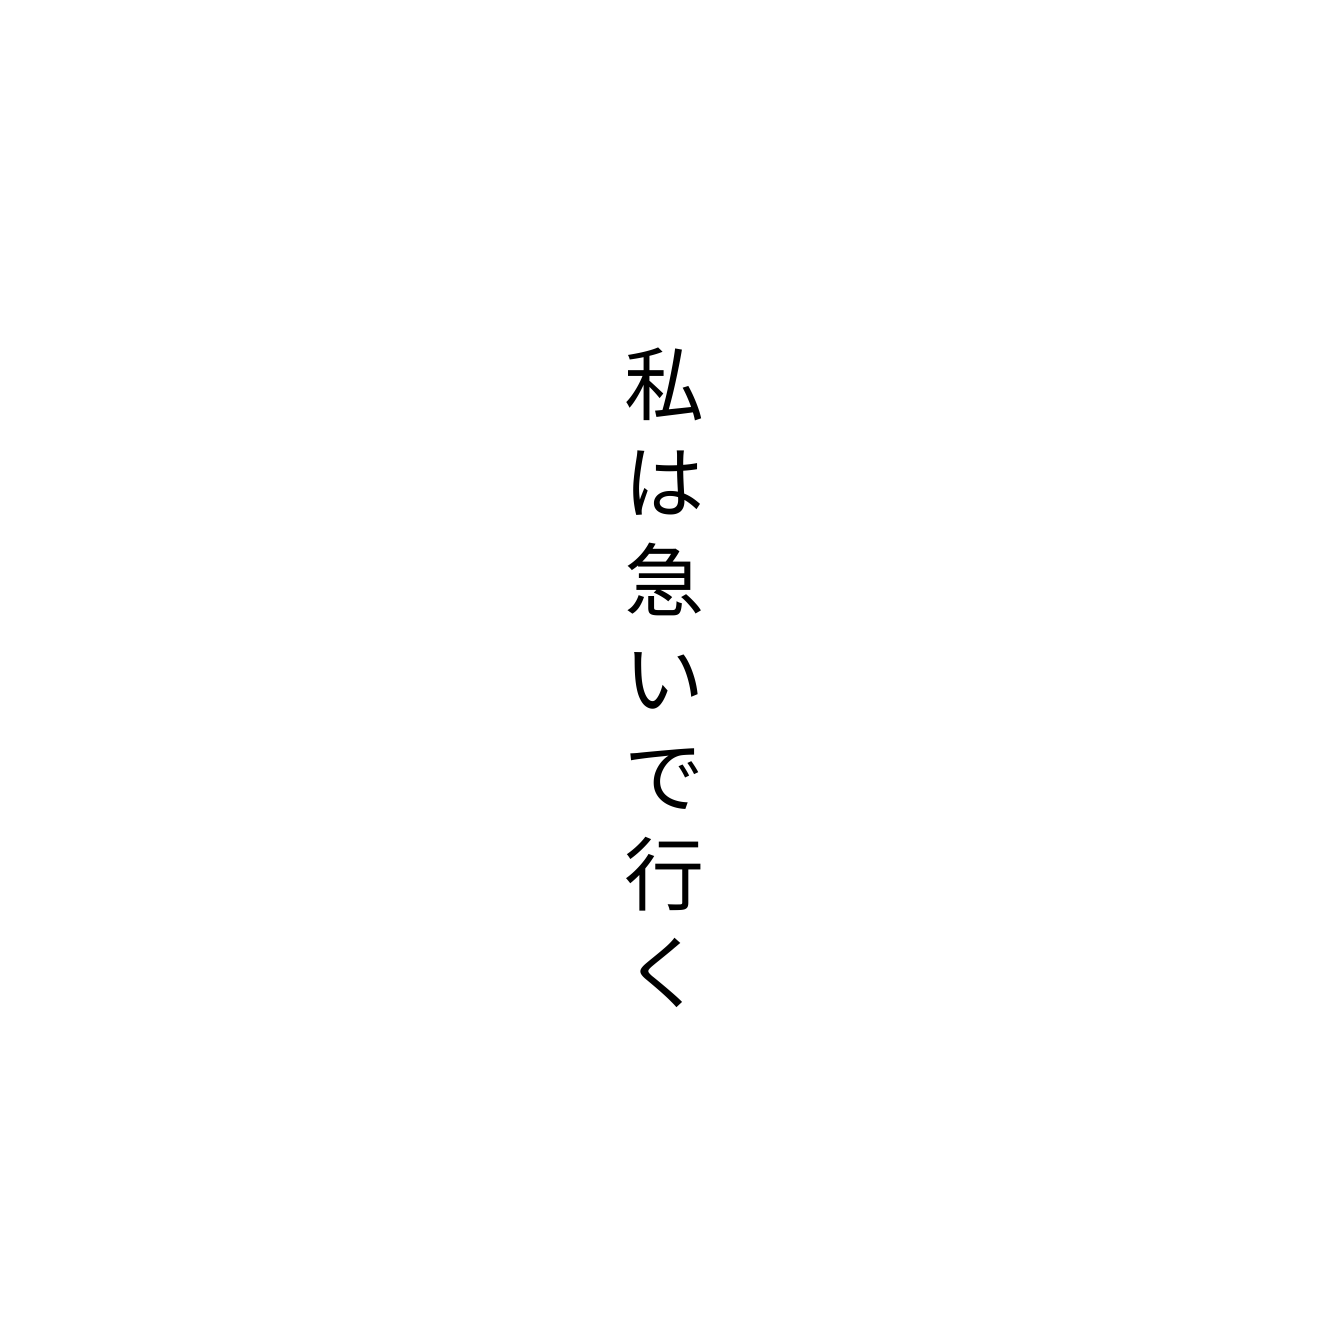
私は急いで行く